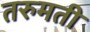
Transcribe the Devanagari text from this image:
तरुमती